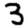
Digit: 3